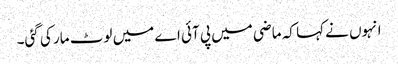
انہوں نے کہا کہ ماضی میں پی آئی اے میں لوٹ مار کی گئی۔